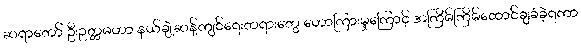
ဆရာတော် ဦးဥတ္တမဟာ နယ်ချဲ့ဆန့်ကျင်ရေးတရားတွေ ဟောကြားမှုကြောင့် အကြိမ်ကြိမ်ထောင်ချခံခဲ့ရကာ